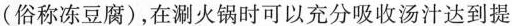
(俗称冻豆腐)，在涮火锅时可以充分吸收汤汁达到提